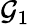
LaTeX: \mathcal{G}_{1}